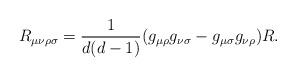
LaTeX: \begin{align*}R_{\mu\nu\rho\sigma} = \frac {1}{d(d-1)} ( g_{\mu\rho} g_{\nu\sigma} -g_{\mu\sigma} g_{\nu\rho} ) R .\end{align*}